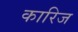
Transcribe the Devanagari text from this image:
कारिज